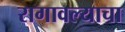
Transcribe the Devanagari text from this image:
रागावल्याचा